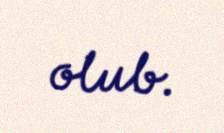
olub.